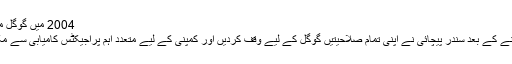
2004 میں گوگل میں نوکری
حاصل کرنے کے بعد سندر پیچائی نے اپنی تمام صلاحیتیں گوگل کے لیے وقف کردیں اور کمپنی کے لیے متعدد اہم پراجیکٹس کامیابی سے مکمل کیے ۔